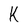
Character: k